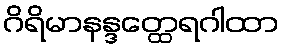
ဂိရိမာနန္ဒတ္ထေရဂါထာ